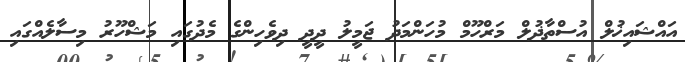
އައްޝައިޚުލް އުސްތާޛުލް މަރްހޫމް މުހަންމަދު ޖަމީލު ދީދީ ދިވެހިންގެ މެދުގައި މަޝްހޫރު މިސާލެއްގައި